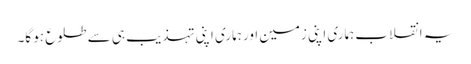
یہ انقلاب ہماری اپنی زمین اور ہماری اپنی تہذیب ہی سے طلوع ہو گا۔